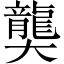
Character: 𪚔